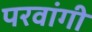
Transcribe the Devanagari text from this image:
परवांगी